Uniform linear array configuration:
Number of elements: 4
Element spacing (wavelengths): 1
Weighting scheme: hann
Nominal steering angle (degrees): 15
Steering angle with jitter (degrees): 14.813
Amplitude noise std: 0.05
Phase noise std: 0.05

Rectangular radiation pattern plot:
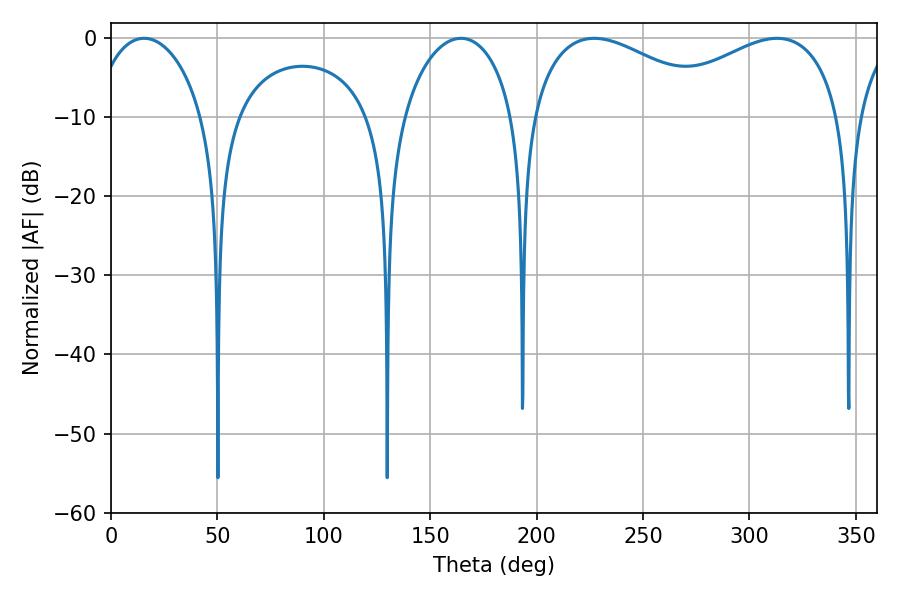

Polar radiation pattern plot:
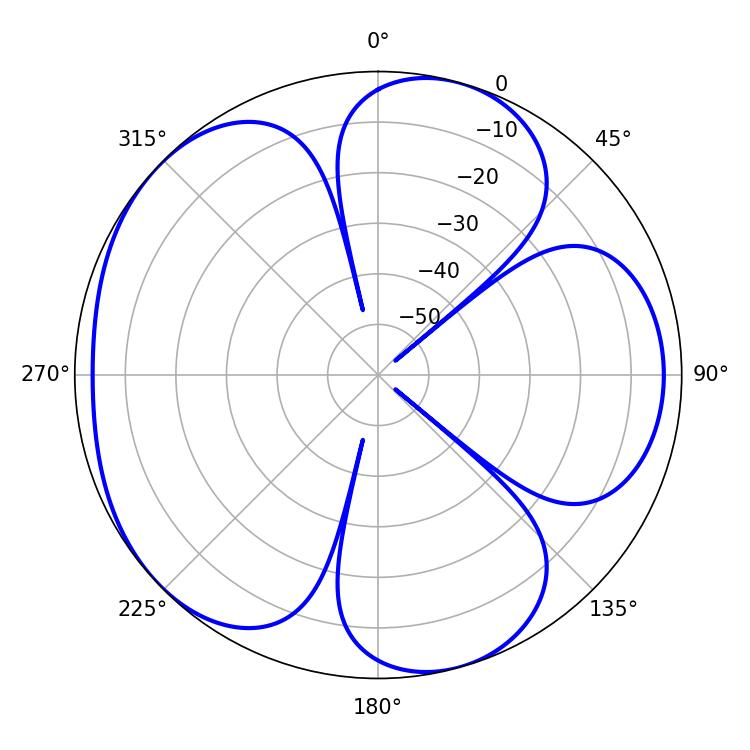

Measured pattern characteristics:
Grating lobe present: TRUE
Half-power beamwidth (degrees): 50.04
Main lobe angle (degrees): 226.98